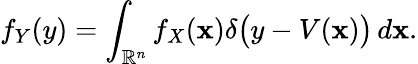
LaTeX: f_{Y}(y)=\int_{{\mathbb{R}}^{n}}f_{X}(\mathbf{x})\delta{\big(}y-V(\mathbf{x}){\big)}\, d\mathbf{x}.